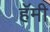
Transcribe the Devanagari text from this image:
हॅमी